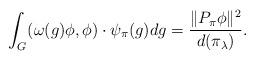
LaTeX: \begin{align*}\int_G(\omega(g)\phi,\phi) \cdot \psi_{\pi}(g)dg =\frac{\|P_\pi\phi\|^2}{d(\pi_\lambda)}.\end{align*}